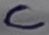
Text: C